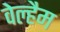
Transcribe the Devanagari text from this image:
वेल्हैम